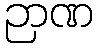
ဉာဏ